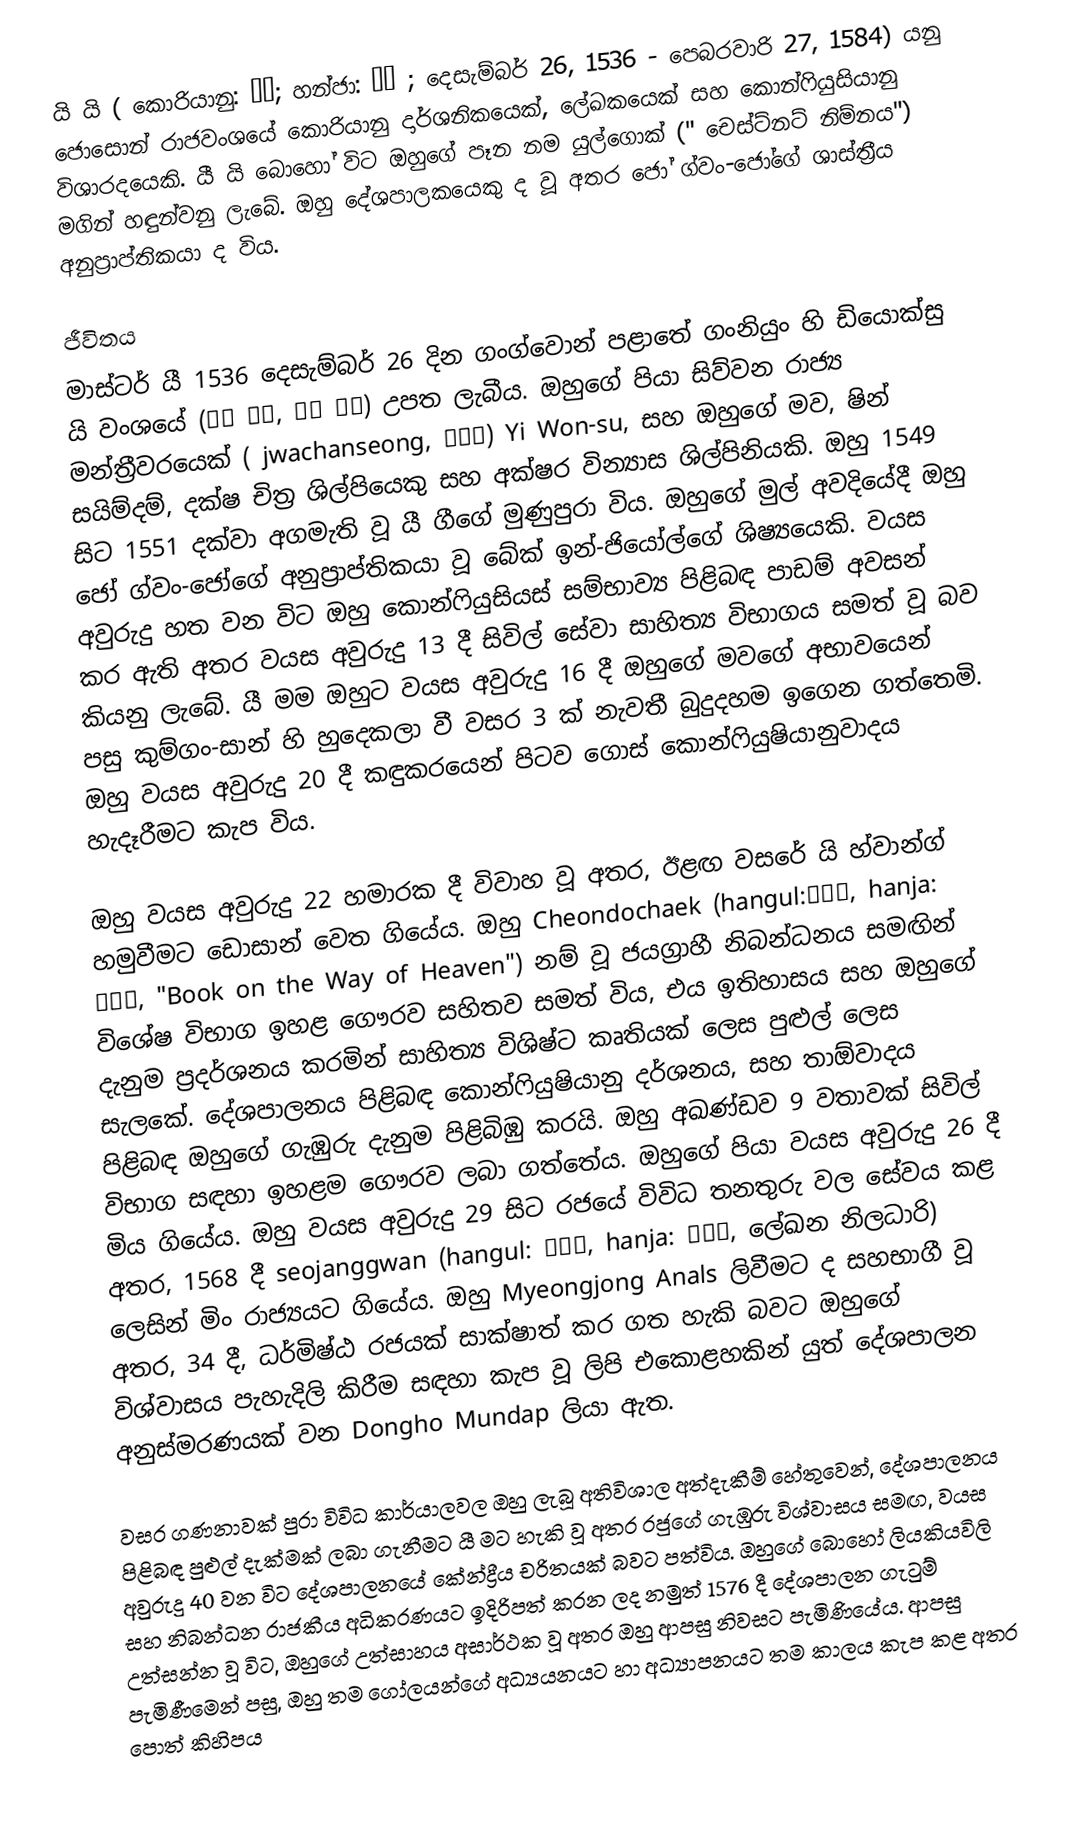
යි යි ( කොරියානු: 이이; හන්ජා: 李珥 ; දෙසැම්බර් 26, 1536 - පෙබරවාරි 27, 1584) යනු ජොසොන් රාජවංශයේ කොරියානු දාර්ශනිකයෙක්, ලේඛකයෙක් සහ කොන්ෆියුසියානු විශාරදයෙකි. යී යි බොහෝ විට ඔහුගේ පෑන නම යුල්ගොක් (" චෙස්ට්නට් නිම්නය") මගින් හඳුන්වනු ලැබේ. ඔහු දේශපාලකයෙකු ද වූ අතර  ජෝ ග්වං-ජෝගේ ශාස්ත්‍රීය අනුප්‍රාප්තිකයා ද විය.

ජීවිතය
මාස්ටර් යී 1536 දෙසැම්බර් 26 දින ගංග්වොන් පළාතේ ගංනියුං හි ඩියොක්සු යි වංශයේ (덕수 이씨, 德水 李氏) උපත ලැබීය. ඔහුගේ පියා සිව්වන රාජ්‍ය මන්ත්‍රීවරයෙක් ( jwachanseong, 좌찬성) Yi Won-su, සහ ඔහුගේ මව, ෂින් සයිම්දම්, දක්ෂ චිත්‍ර ශිල්පියෙකු සහ අක්ෂර වින්‍යාස ශිල්පිනියකි. ඔහු 1549 සිට 1551 දක්වා අගමැති වූ යී ගීගේ මුණුපුරා විය. ඔහුගේ මුල් අවදියේදී ඔහු ජෝ ග්වං-ජෝගේ අනුප්‍රාප්තිකයා වූ බේක් ඉන්-ජියෝල්ගේ ශිෂ්‍යයෙකි. වයස අවුරුදු හත වන විට ඔහු කොන්ෆියුසියස් සම්භාව්‍ය පිළිබඳ පාඩම් අවසන් කර ඇති අතර වයස අවුරුදු 13 දී සිවිල් සේවා සාහිත්‍ය විභාගය සමත් වූ බව කියනු ලැබේ. යී මම ඔහුට වයස අවුරුදු 16 දී ඔහුගේ මවගේ අභාවයෙන් පසු කුම්ගං-සාන් හි හුදෙකලා වී වසර 3 ක් නැවතී බුදුදහම ඉගෙන ගත්තෙමි. ඔහු වයස අවුරුදු 20 දී කඳුකරයෙන් පිටව ගොස් කොන්ෆියුෂියානුවාදය හැදෑරීමට කැප විය.  

ඔහු වයස අවුරුදු 22 හමාරක දී විවාහ වූ අතර, ඊළඟ වසරේ යි හ්වාන්ග් හමුවීමට ඩොසාන් වෙත ගියේය. ඔහු Cheondochaek (hangul:천도책, hanja: 天道策, "Book on the Way of Heaven") නම් වූ ජයග්‍රාහී නිබන්ධනය සමඟින් විශේෂ විභාග ඉහළ ගෞරව සහිතව සමත් විය, එය ඉතිහාසය සහ ඔහුගේ දැනුම ප්‍රදර්ශනය කරමින් සාහිත්‍ය විශිෂ්ට කෘතියක් ලෙස පුළුල් ලෙස සැලකේ. දේශපාලනය පිළිබඳ කොන්ෆියුෂියානු දර්ශනය, සහ තාඕවාදය පිළිබඳ ඔහුගේ ගැඹුරු දැනුම පිළිබිඹු කරයි.  ඔහු අඛණ්ඩව 9 වතාවක් සිවිල් විභාග සඳහා ඉහළම ගෞරව ලබා ගත්තේය. ඔහුගේ පියා වයස අවුරුදු 26 දී මිය ගියේය.  ඔහු වයස අවුරුදු 29 සිට රජයේ විවිධ තනතුරු වල සේවය කළ අතර, 1568 දී seojanggwan (hangul: 서장관, hanja: 書狀官, ලේඛන නිලධාරි) ලෙසින් මිං රාජ්‍යයට ගියේය. ඔහු Myeongjong Anals ලිවීමට ද සහභාගී වූ අතර, 34 දී, ධර්මිෂ්ඨ රජයක් සාක්ෂාත් කර ගත හැකි බවට ඔහුගේ විශ්වාසය පැහැදිලි කිරීම සඳහා කැප වූ ලිපි එකොළහකින් යුත් දේශපාලන අනුස්මරණයක් වන Dongho Mundap ලියා ඇත.

වසර ගණනාවක් පුරා විවිධ කාර්යාලවල ඔහු ලැබූ අතිවිශාල අත්දැකීම් හේතුවෙන්, දේශපාලනය පිළිබඳ පුළුල් දැක්මක් ලබා ගැනීමට යී මට හැකි වූ අතර රජුගේ ගැඹුරු විශ්වාසය සමඟ, වයස අවුරුදු 40 වන විට දේශපාලනයේ කේන්ද්‍රීය චරිතයක් බවට පත්විය. ඔහුගේ බොහෝ ලියකියවිලි සහ නිබන්ධන රාජකීය අධිකරණයට ඉදිරිපත් කරන ලද නමුත් 1576 දී දේශපාලන ගැටුම් උත්සන්න වූ විට, ඔහුගේ උත්සාහය අසාර්ථක වූ අතර ඔහු ආපසු නිවසට පැමිණියේය. ආපසු පැමිණීමෙන් පසු, ඔහු තම ගෝලයන්ගේ අධ්‍යයනයට හා අධ්‍යාපනයට තම කාලය කැප කළ අතර පොත් කිහිපය